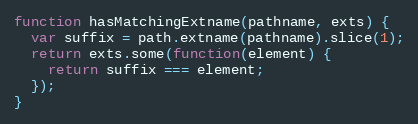
Language: JavaScript
function hasMatchingExtname(pathname, exts) {
  var suffix = path.extname(pathname).slice(1);
  return exts.some(function(element) {
    return suffix === element;
  });
}